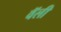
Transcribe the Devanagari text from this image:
वॅली